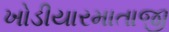
ખોડીયારમાતાજી